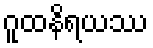
ဂူထနိရယဿ